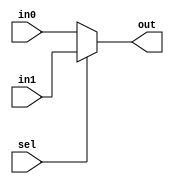
`timescale 1ns / 1ps
//////////////////////////////////////////////////////////////////////////////////
// Company: 
// Engineer: 
// 
// Design Name: 
// Module Name: MUX_2inp
// Project Name: 
// Target Devices: 
// Tool Versions: 
// Description: 
// 
// Dependencies: 
// 
// Revision:
// Revision 0.01 - File Created
// Additional Comments:
// 
//////////////////////////////////////////////////////////////////////////////////


module MUX_2inp(
    input [31:0] in0, 
    input [31:0] in1,
    input sel,
    output [31:0] out
    );
  
    assign out = sel? in1: in0;

endmodule